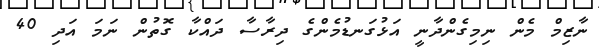
ނާޒިމް މެން ނިމިގެންދާނީ އަޅުގަނޑުމެންގެ ދިރާސާ ދައްކާ ގޮތުން ނަމަ އަދި 40